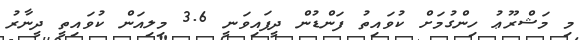
މި މަޝްރޫޢު ހިންގުމަށް ކުވައިތު ފަންޑުން ދީފައިވަނީ 3.6 މިލިއަން ކުވައިތީ ދީނާރު